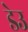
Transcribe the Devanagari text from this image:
डेउ